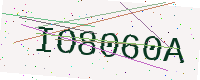
Text: IO8060A